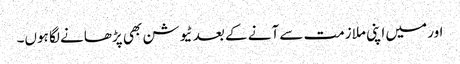
اور میں اپنی ملازمت سے آنے کے بعد ٹیوشن بھی پڑھانے لگا ہوں۔